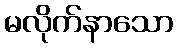
မလိုက်နာသော